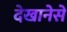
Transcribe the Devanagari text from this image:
देखानेसे